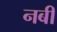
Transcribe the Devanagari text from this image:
नबीं